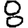
Digit: 8